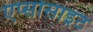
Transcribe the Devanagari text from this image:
एप्सोसाइट